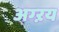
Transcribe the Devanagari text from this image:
अग्ऱय